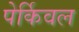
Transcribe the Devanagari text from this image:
पेर्किवल